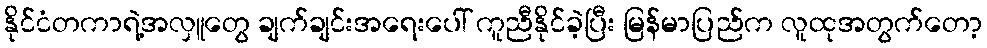
နိုင်ငံတကာရဲ့အလှူတွေ ချက်ချင်းအရေးပေါ် ကူညီနိုင်ခဲ့ပြီး မြန်မာပြည်က လူထုအတွက်တော့